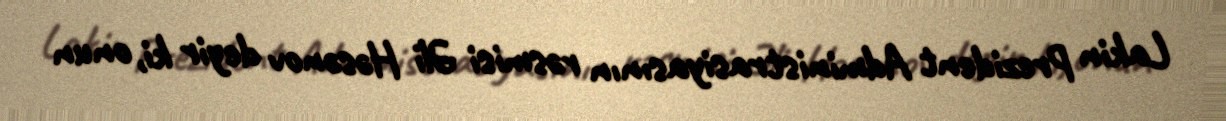
Lakin Prezident Administrasiyasının rəsmisi Əli Həsənov deyir ki, onun